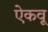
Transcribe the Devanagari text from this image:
ऐकवू